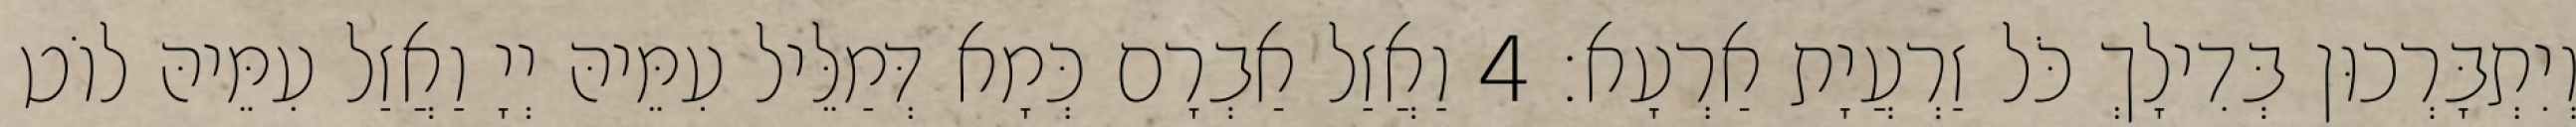
וְיִתְבָּרְכוּן בְּדִילָךְ כֹּל זַרְעֲיָת אַרְעָא׃ 4 וַאֲזַל אַבְרָם כְּמָא דְּמַלֵּיל עִמֵּיהּ יְיָ וַאֲזַל עִמֵּיהּ לוֹט